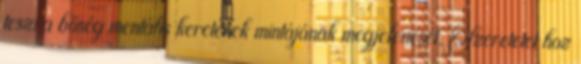
teszi a bőség mentális keretének mintájának megjelenését. Szeretetet hoz